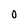
Character: 0